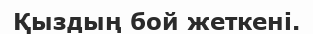
Қыздың бой жеткені.